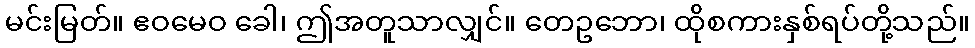
မင်းမြတ်။ ဧဝမေဝ ခေါ၊ ဤအတူသာလျှင်။ တေဥဘော၊ ထိုစကားနှစ်ရပ်တို့သည်။